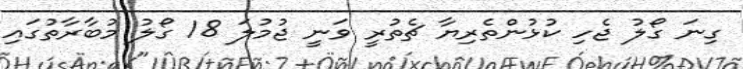
ގިނަ ގޯލު ޖެހި ކުޅުންތެރިޔާ ޗެތުރީ ވަނީ ޖުމުލަ 18 ގޯލު މުބާރާތުގައި